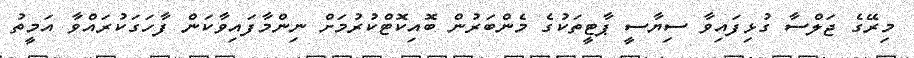
މިރޭގެ ޖަލްސާ ގުޅިފައިވާ ސިޔާސީ ޕާޓީތަކުގެ މެންބަރުން ބޮއިކޮޓްކުރުމަށް ނިންމާފައިވާކަން ފާހަގަކުރައްވާ އަމީތު